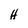
Character: H